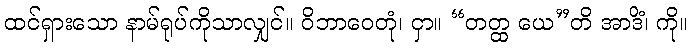
ထင်ရှားသော နာမ်ရုပ်ကိုသာလျှင်။ ဝိဘာဝေတုံ၊ ငှာ။ “တတ္ထ ယေ”တိ အာဒိံ၊ ကို။